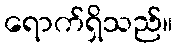
ရောက်ရှိသည်။